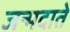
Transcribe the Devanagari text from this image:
जन्मदाते